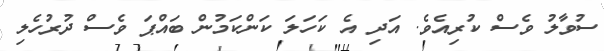
ސުވާލު ވެސް ކުރިއެވެ. އަދި އެ ކަހަލަ ކަންކަމުން ބައްޕަ ވެސް ދުރުހެލި